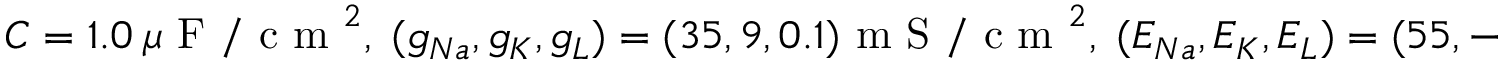
C = 1 . 0 ~ \mu \mathrm { ~ F ~ / ~ c ~ m ~ } ^ { 2 } , \; ( g _ { N a } , g _ { K } , g _ { L } ) = ( 3 5 , 9 , 0 . 1 ) \mathrm { ~ m ~ S ~ / ~ c ~ m ~ } ^ { 2 } , \; ( E _ { N a } , E _ { K } , E _ { L } ) = ( 5 5 , - 9 0 , - 6 5 ) \mathrm { ~ m ~ V ~ } , \; \phi = 5 .